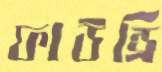
ফাউন্ড্রি